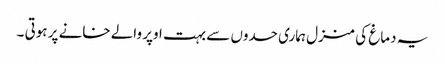
یہ دماغ کی منزل ہماری حدوں سے بہت اوپر والے خانے پر ہوتی ۔